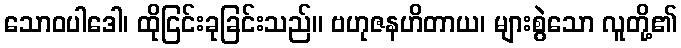
သောဝပါဒေါ၊ ထိုငြင်းခုခြင်းသည်။ ဗဟုဇနဟိတာယ၊ များစွဲသော လူတို့၏